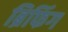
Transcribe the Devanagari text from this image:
ब्रिफिंग